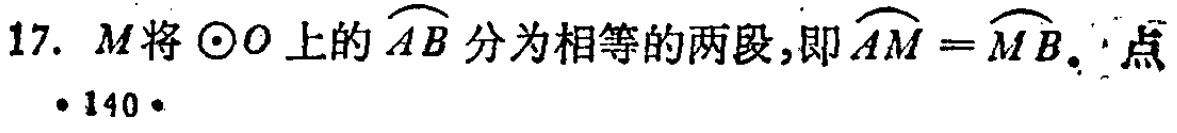
17. \(M\)将\(\odot O\)上的\(\overset{\frown}{AB}\)分为相等的两段，即\(\overset{\frown}{AM}=\overset{\frown}{MB}\)。点
·140·